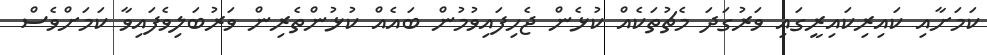
ކަމަށާއި ކައިރިކައިރީގައި ވަރުގަދަ މެޗުތަކެއް ކުޅެން ޖެހިފައިވުމުން ބައެއް ކުޅުންތެރިން ވަރުބަލިވެފައިވާ ކަމަށްވެސް